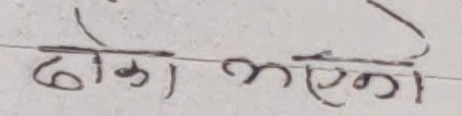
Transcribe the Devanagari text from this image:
ढाका भएको